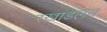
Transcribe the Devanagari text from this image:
रखाडलंय